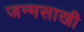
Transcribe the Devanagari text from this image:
जन्मसाखी